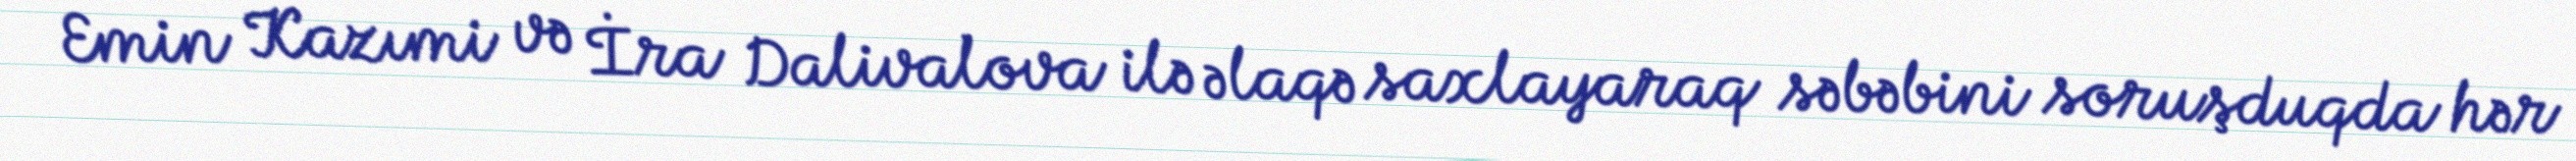
Emin Kazımi və İra Dalivalova ilə əlaqə saxlayaraq səbəbini soruşduqda hər